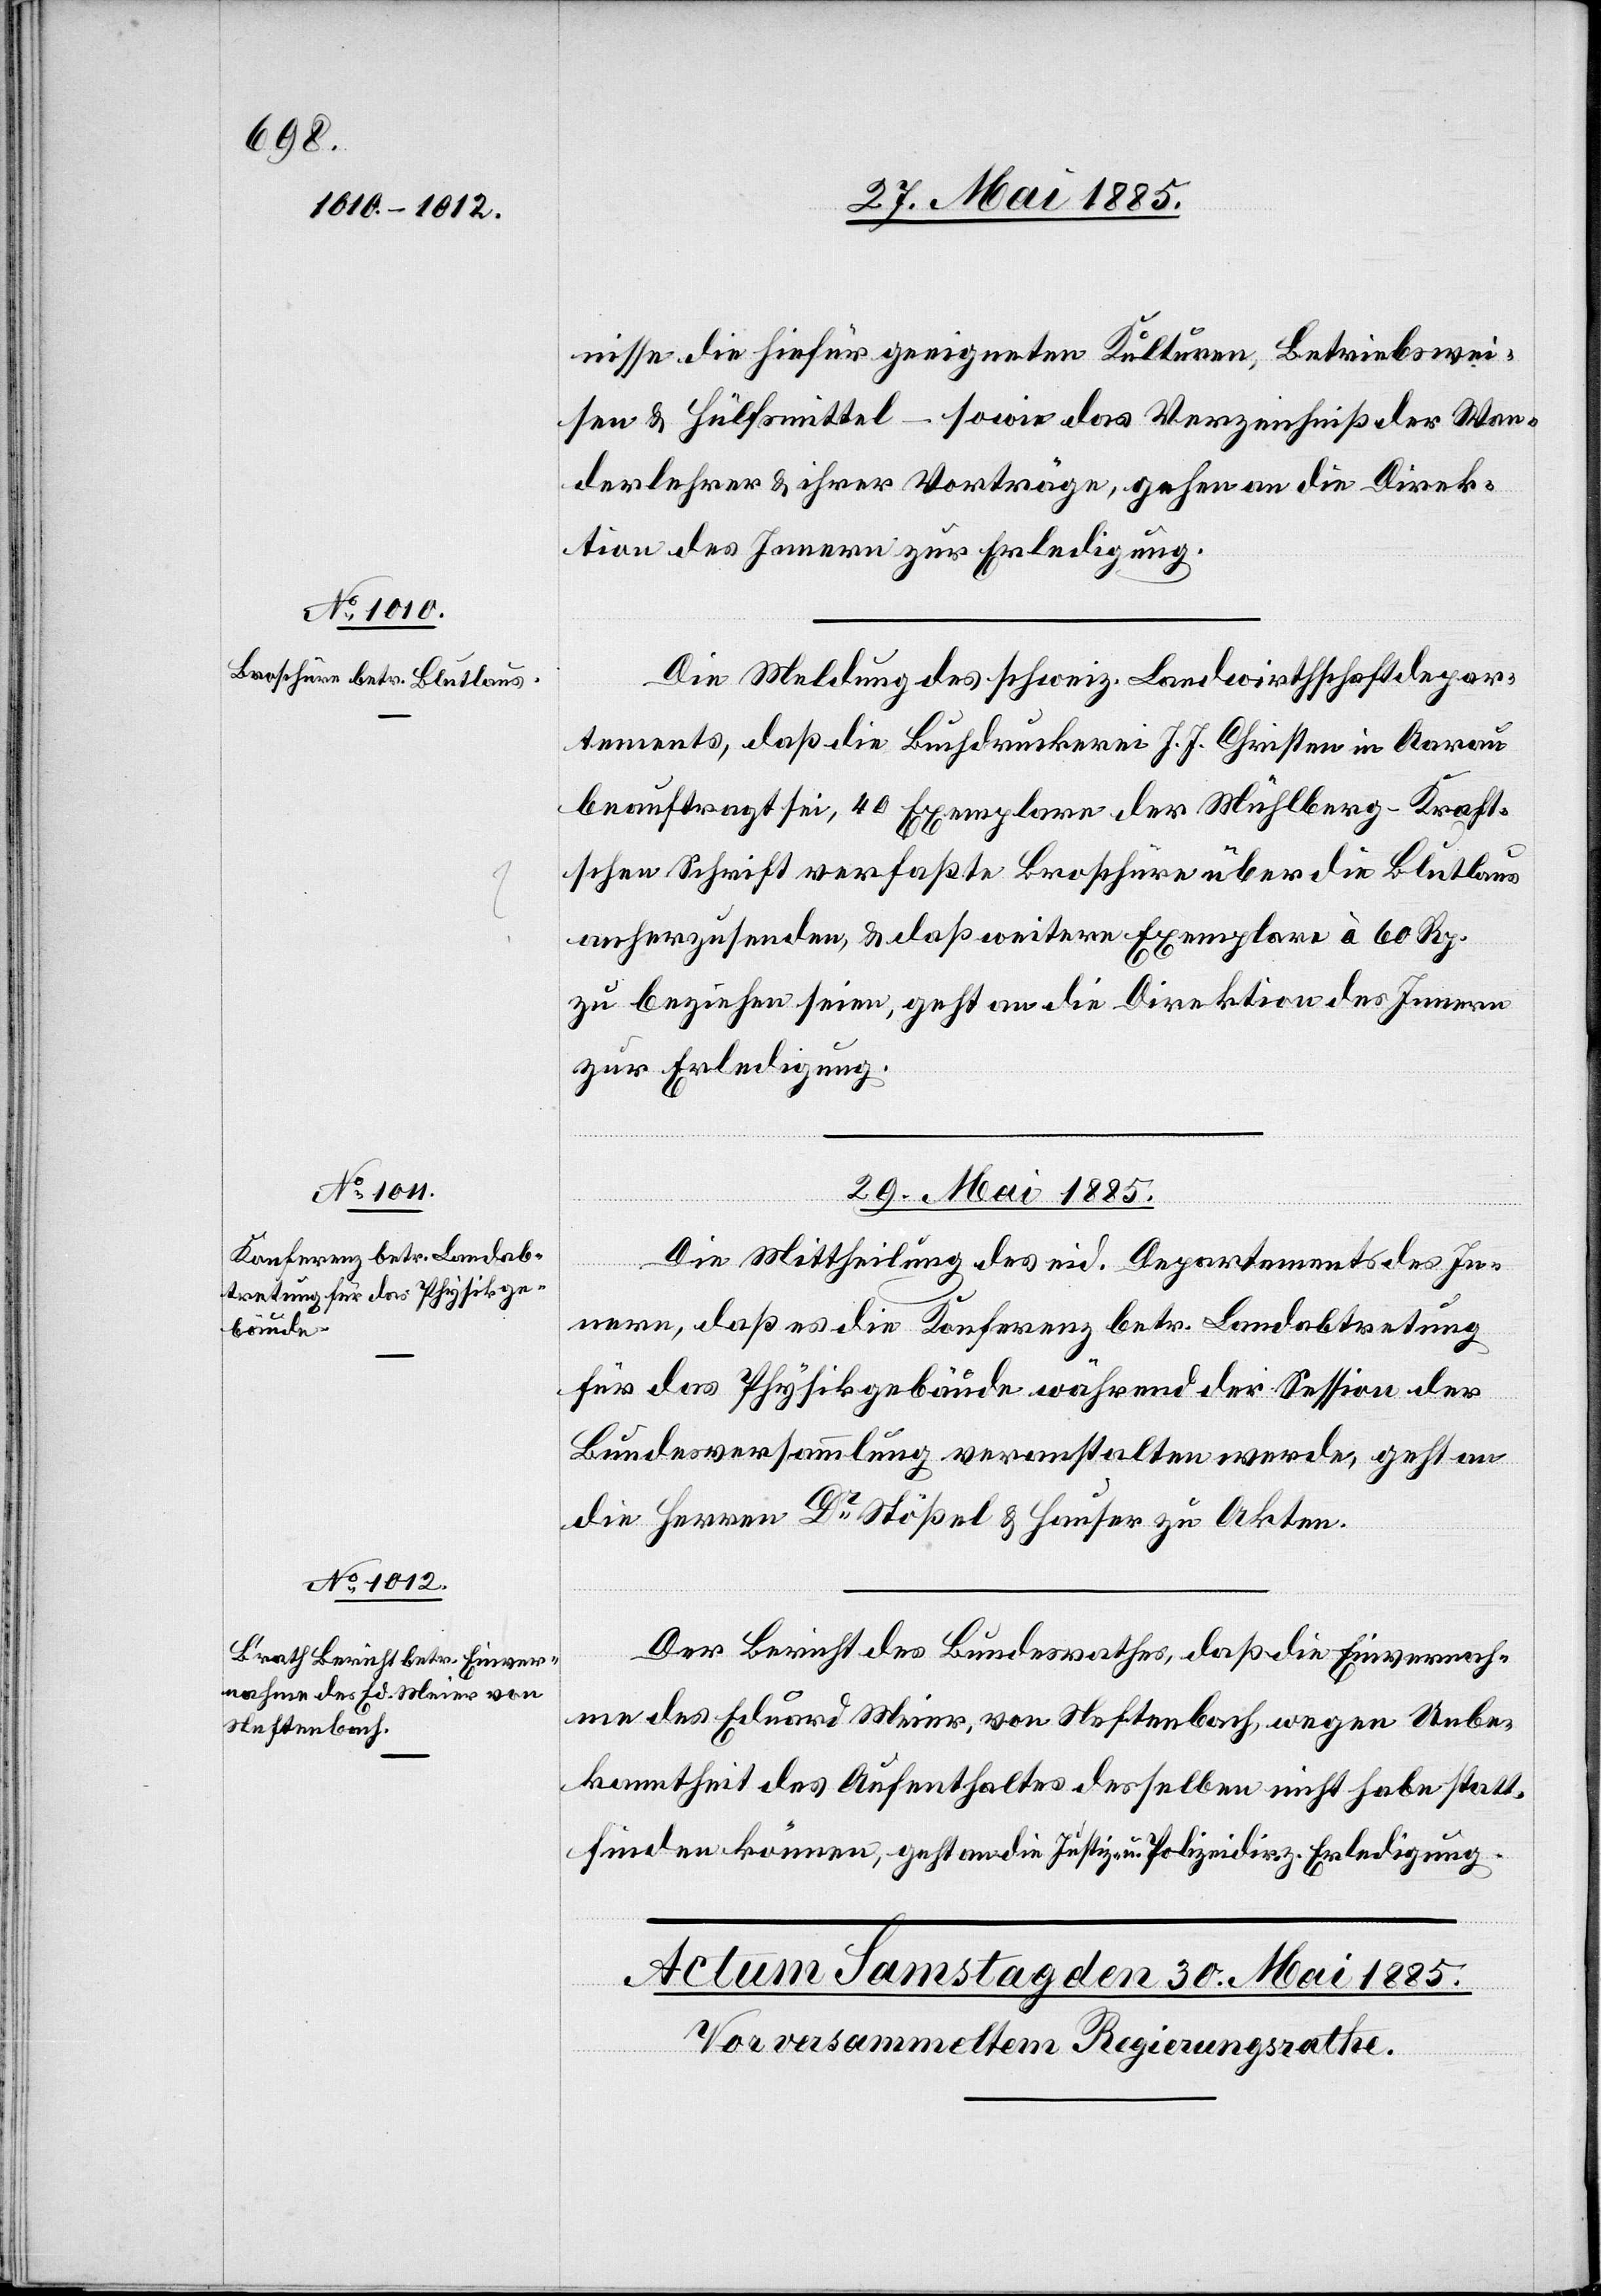
27. Mai 1885.]
nisse die hiefür geeigneten Kulturen, Betriebswei¬
sen & Hülfsmittel – sowie das Verzeichniß der Wan¬
derlehrer & ihrer Vorträge, gehen an die Direk¬
tion des Innern zur Erledigung.
Die Meldung des schweiz. Landwirthschaftdepar¬
tements, daß die Buchdruckerei J. J. Christen in Aarau
beauftragt sei, 40 Exemplare der Mühlberg-Kraft¬
schen Schrift verfaßte Broschüre über die Blutlaus
anherzusenden, & daß weitere Exemplare à 60 Rp.
zu beziehen seien, geht an die Direktion des Innern
zur Erledigung.
29. Mai 1885.]
Die Mittheilung des eid. Departements des In¬
nern, daß es die Konferenz betr. Landabtretung
für das Physikgebäude während der Session der
Bundesversammlung veranstalten werde, geht an
die Herren Dr Stößel & Hauser zu Akten.
Der Bericht des Bundesrathes, daß die Einvernah¬
me des Eduard Meier, von Neftenbach, wegen Unbe¬
kanntheit des Aufenthaltes desselben nicht habe statt¬
finden können, geht an die Justiz- u. Polizeidir. z. Erledigung.